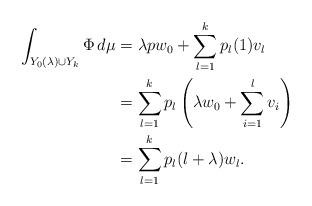
LaTeX: \begin{align*}\int_{Y_0(\lambda)\cup Y_k} \Phi\, d\mu & = \lambda p w_0+\sum_{l=1}^k p_l(1) v_l\\ &= \sum_{l=1}^k p_l\left(\lambda w_0+\sum_{i=1}^l v_i\right) \\&= \sum_{l=1}^k p_l(l+\lambda) w_l.\end{align*}